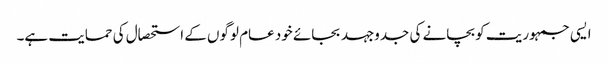
ایسی جمہوریت کو بچانے کی جدوجہد بجائے خود عام لوگوں کے استحصال کی حمایت ہے۔